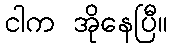
ငါက အိုနေပြီ။